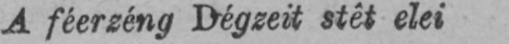
A féerzéng Dégzeit stêt elei